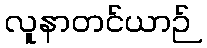
လူနာတင်ယာဉ်